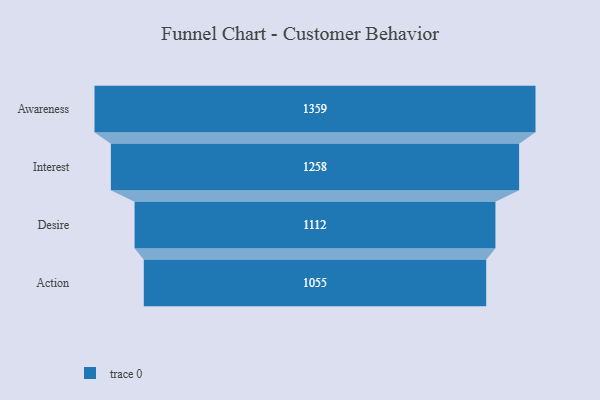
{"axis": {"x": "Stage", "y": "Value"}, "legend": [""], "data": [{"x": "Awareness", "y": 1359.0, "type": ""}, {"x": "Interest", "y": 1258.0, "type": ""}, {"x": "Desire", "y": 1112.0, "type": ""}, {"x": "Action", "y": 1055.0, "type": ""}]}